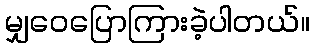
မျှဝေပြောကြားခဲ့ပါတယ်။